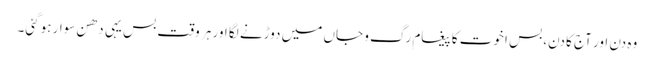
وہ دن اور آج کا دن، بس اخوت کا پیغام رگ و جاں میں دوڑنے لگا اور ہر وقت بس یہی دھن سوار ہوگئی۔